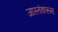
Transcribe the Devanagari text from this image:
जास्तंकरून